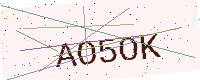
Text: AO5OK